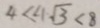
4 < 4 \sqrt { 3 } < 8